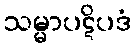
သမ္မာပဋိပဒံ